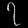
Digit: ၇